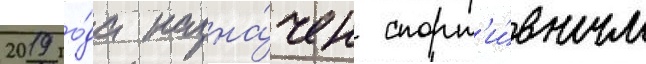
2019 го́да назна́чен спорт'и́вным